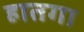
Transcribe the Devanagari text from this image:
हातगा